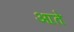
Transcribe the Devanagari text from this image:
आते